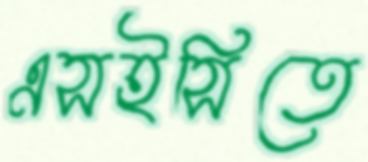
এসইসিতে